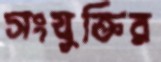
সংযুক্তির